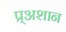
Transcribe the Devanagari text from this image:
प्र्‍अशान